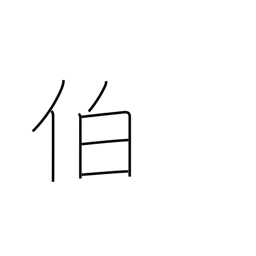
Meaning: chief